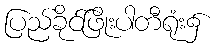
ပြည်ခိုင်ဖြိုးပါတီရုံး၌